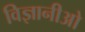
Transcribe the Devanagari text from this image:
विज्ञानीओ